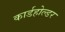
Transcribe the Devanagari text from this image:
कार्डहोल्डर